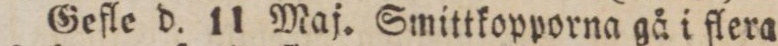
Gefle d. 11 Maj. Smittkopporna gå i flera